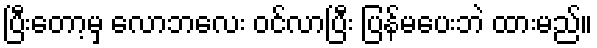
ပြီးတော့မှ လောဘလေး ဝင်လာပြီး ပြန်မပေးဘဲ ထားမည်။